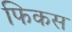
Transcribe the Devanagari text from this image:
फिकस